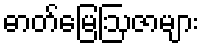
ဓာတ်မြေဩဇာများ